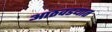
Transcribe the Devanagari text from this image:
आठवडयात